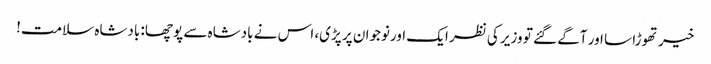
خیر تھوڑا سا اور آگے گئے تو وزیر کی نظر ایک اورنوجوان پر پڑی، اس نے بادشاہ سے پوچھا: بادشاہ سلامت!